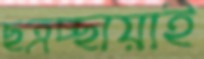
ছত্রচ্ছায়াই